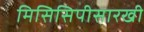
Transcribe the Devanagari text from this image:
मिसिसिपीसारखी